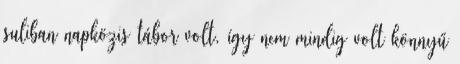
suliban napközis tábor volt, így nem mindig volt könnyű